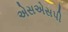
એસએસપી